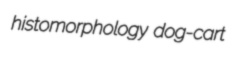
histomorphology dog-cart